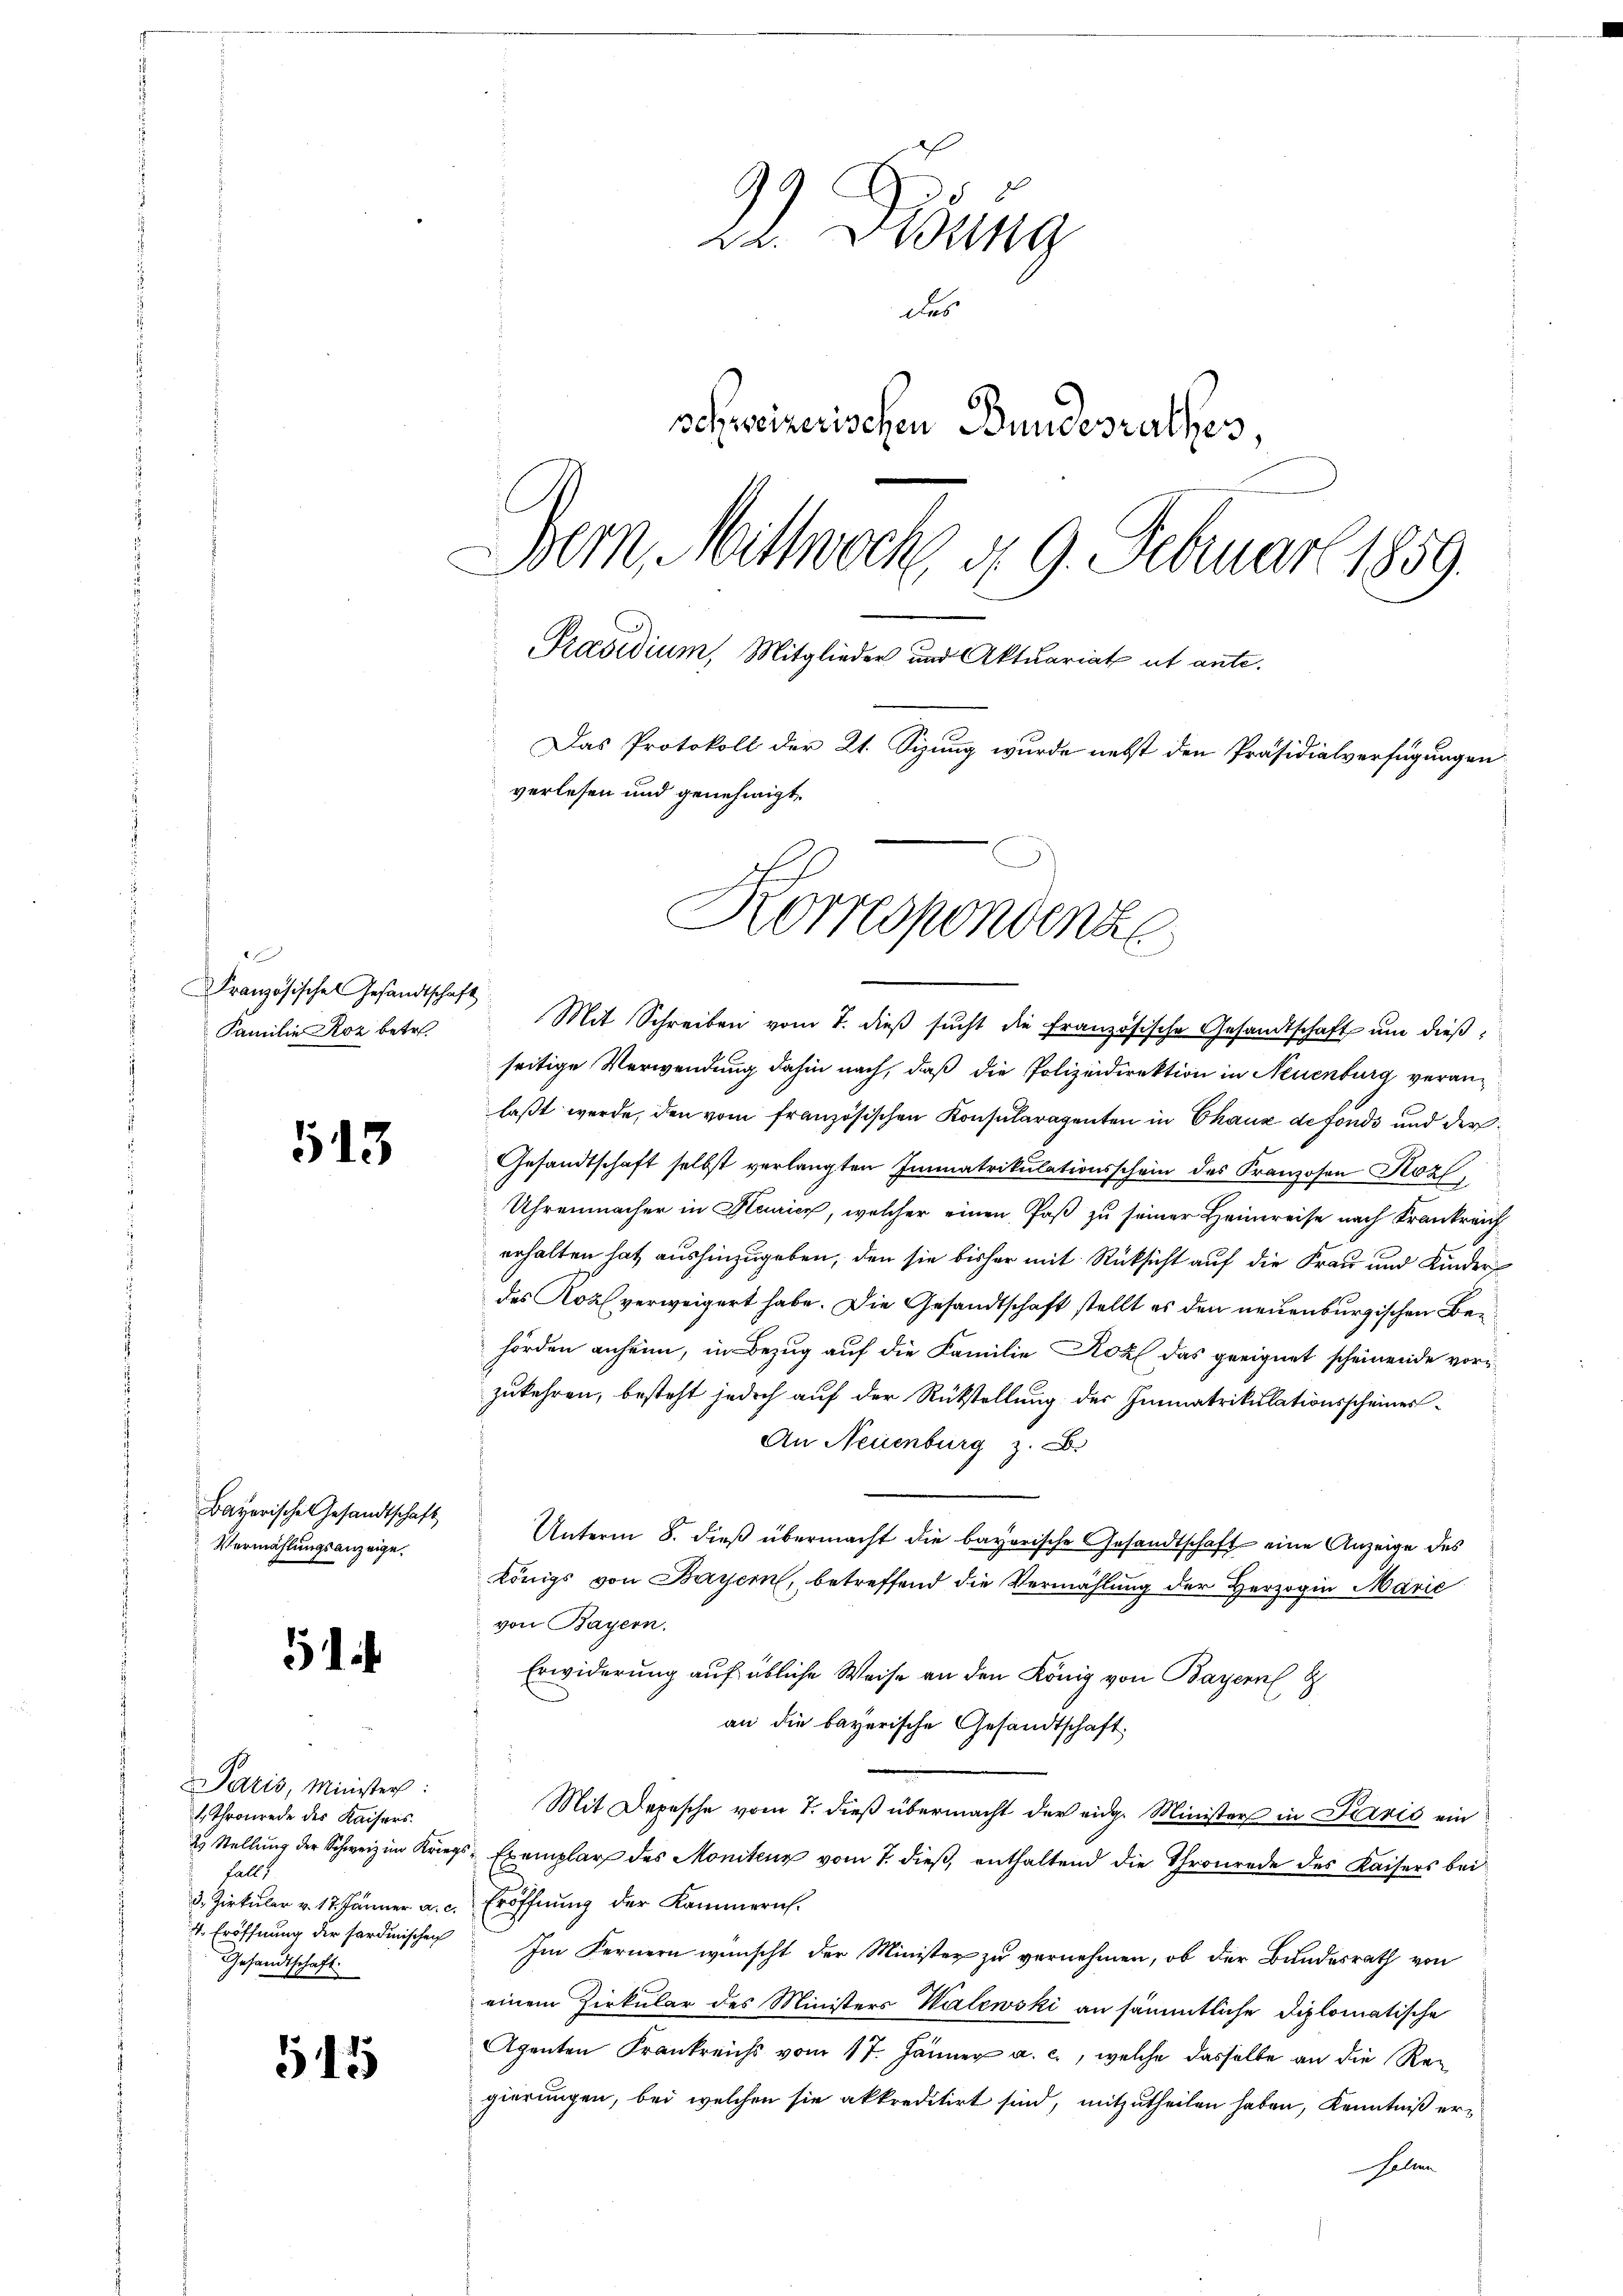
0
Französisches Gesandtschaft
Familie Koz betr.

513

Bayerische Gesandtschaft
Vermählungsanzeige

51

Paris, Minister:
 Thronrede des Kaisers.
falls
4. Eröffnung der sardinischen
Gesandtschaft.

515

22. Disung
das
schweizerischen Bundesrathes
Bern, Mittwoche d. 9. Februar 1859.
d
Präsidium, Mitglieder und Aktuariat ut ante.
Das Protokoll der 21. Sizung wurde nebst den Präsidialverfügungen
verlesen und genehmigt.
Korrespondenz

Mit Schreiben vom 7. dieβ sŭcht die französische Gesandtschaft ŭm dießseitige Verwendung dahin nach, daß die Polizeidirektion in Neuenburg veranlaßt werde, den vom französischen Konsularagenten in Chaux de fonds und der
Gesandtschaft selbst verlangten Immatrikulationsschein des Franzosen Kozl,
Uhrenmacher in Heurier, welcher einen Paß zu seiner Heimreise nach Krankreich
erhalten hat aushinzugeben, den sie bisher mit Rücksicht auf die Frau und Kinder
des Korf verweigert habe. Die Gesandtschaft stellt es den neuenburgischen Behörden anheim, in Bezug auf die Familie Kohl das geeignet scheinende vorizukehren, besteht jedoch auf der Rückstellung des Immatrikulationsscheines¬
An Neuenburg z. B.
Unterm 8. dieß übermacht die bayerische Gesandtschaft eine Anzeige des
Königs von Bayern, betreffend die Vermählung der Herzogin Marie
von Bayern.
Erwiderung auf übliche Weise an den König von Bayern
an die bayerische Gesandtschaft.
Mit Depesche vom 7. dieß übermacht der eidg. Minister in Paris ein
2. Stellung der Schweiz im Kriegs-Exemplar des Monitenz vom 7. dieß, enthaltend die Thronrode des Kaisers bei
3. Zirkular v. 17. Jänner a. c. Eröffnung der Kammerich.
Im Fernern wünscht der Minister zu vernehmen, ob der Bundesrath von
einem Zirkular des Ministers Walewski an sämmtliche Diplomatische
Agenten Frankreichs vom 17. Jänner a. c., welche dasselbe an die Regierungen, bei welchen sie akkreditirt sind, mitzutheilen haben, Kenntniß erellen